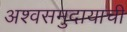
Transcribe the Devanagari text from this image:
अश्वसमुदायाची